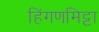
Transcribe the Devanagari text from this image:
हिंगणमिट्टा